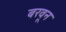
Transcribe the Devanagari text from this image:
बरवून